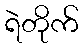
ရဲတိုက်